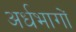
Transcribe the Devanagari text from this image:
अर्धभागों